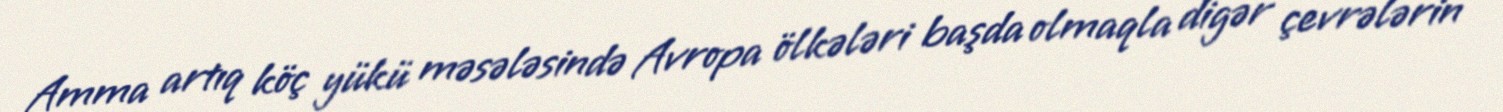
Amma artıq köç yükü məsələsində Avropa ölkələri başda olmaqla digər çevrələrin